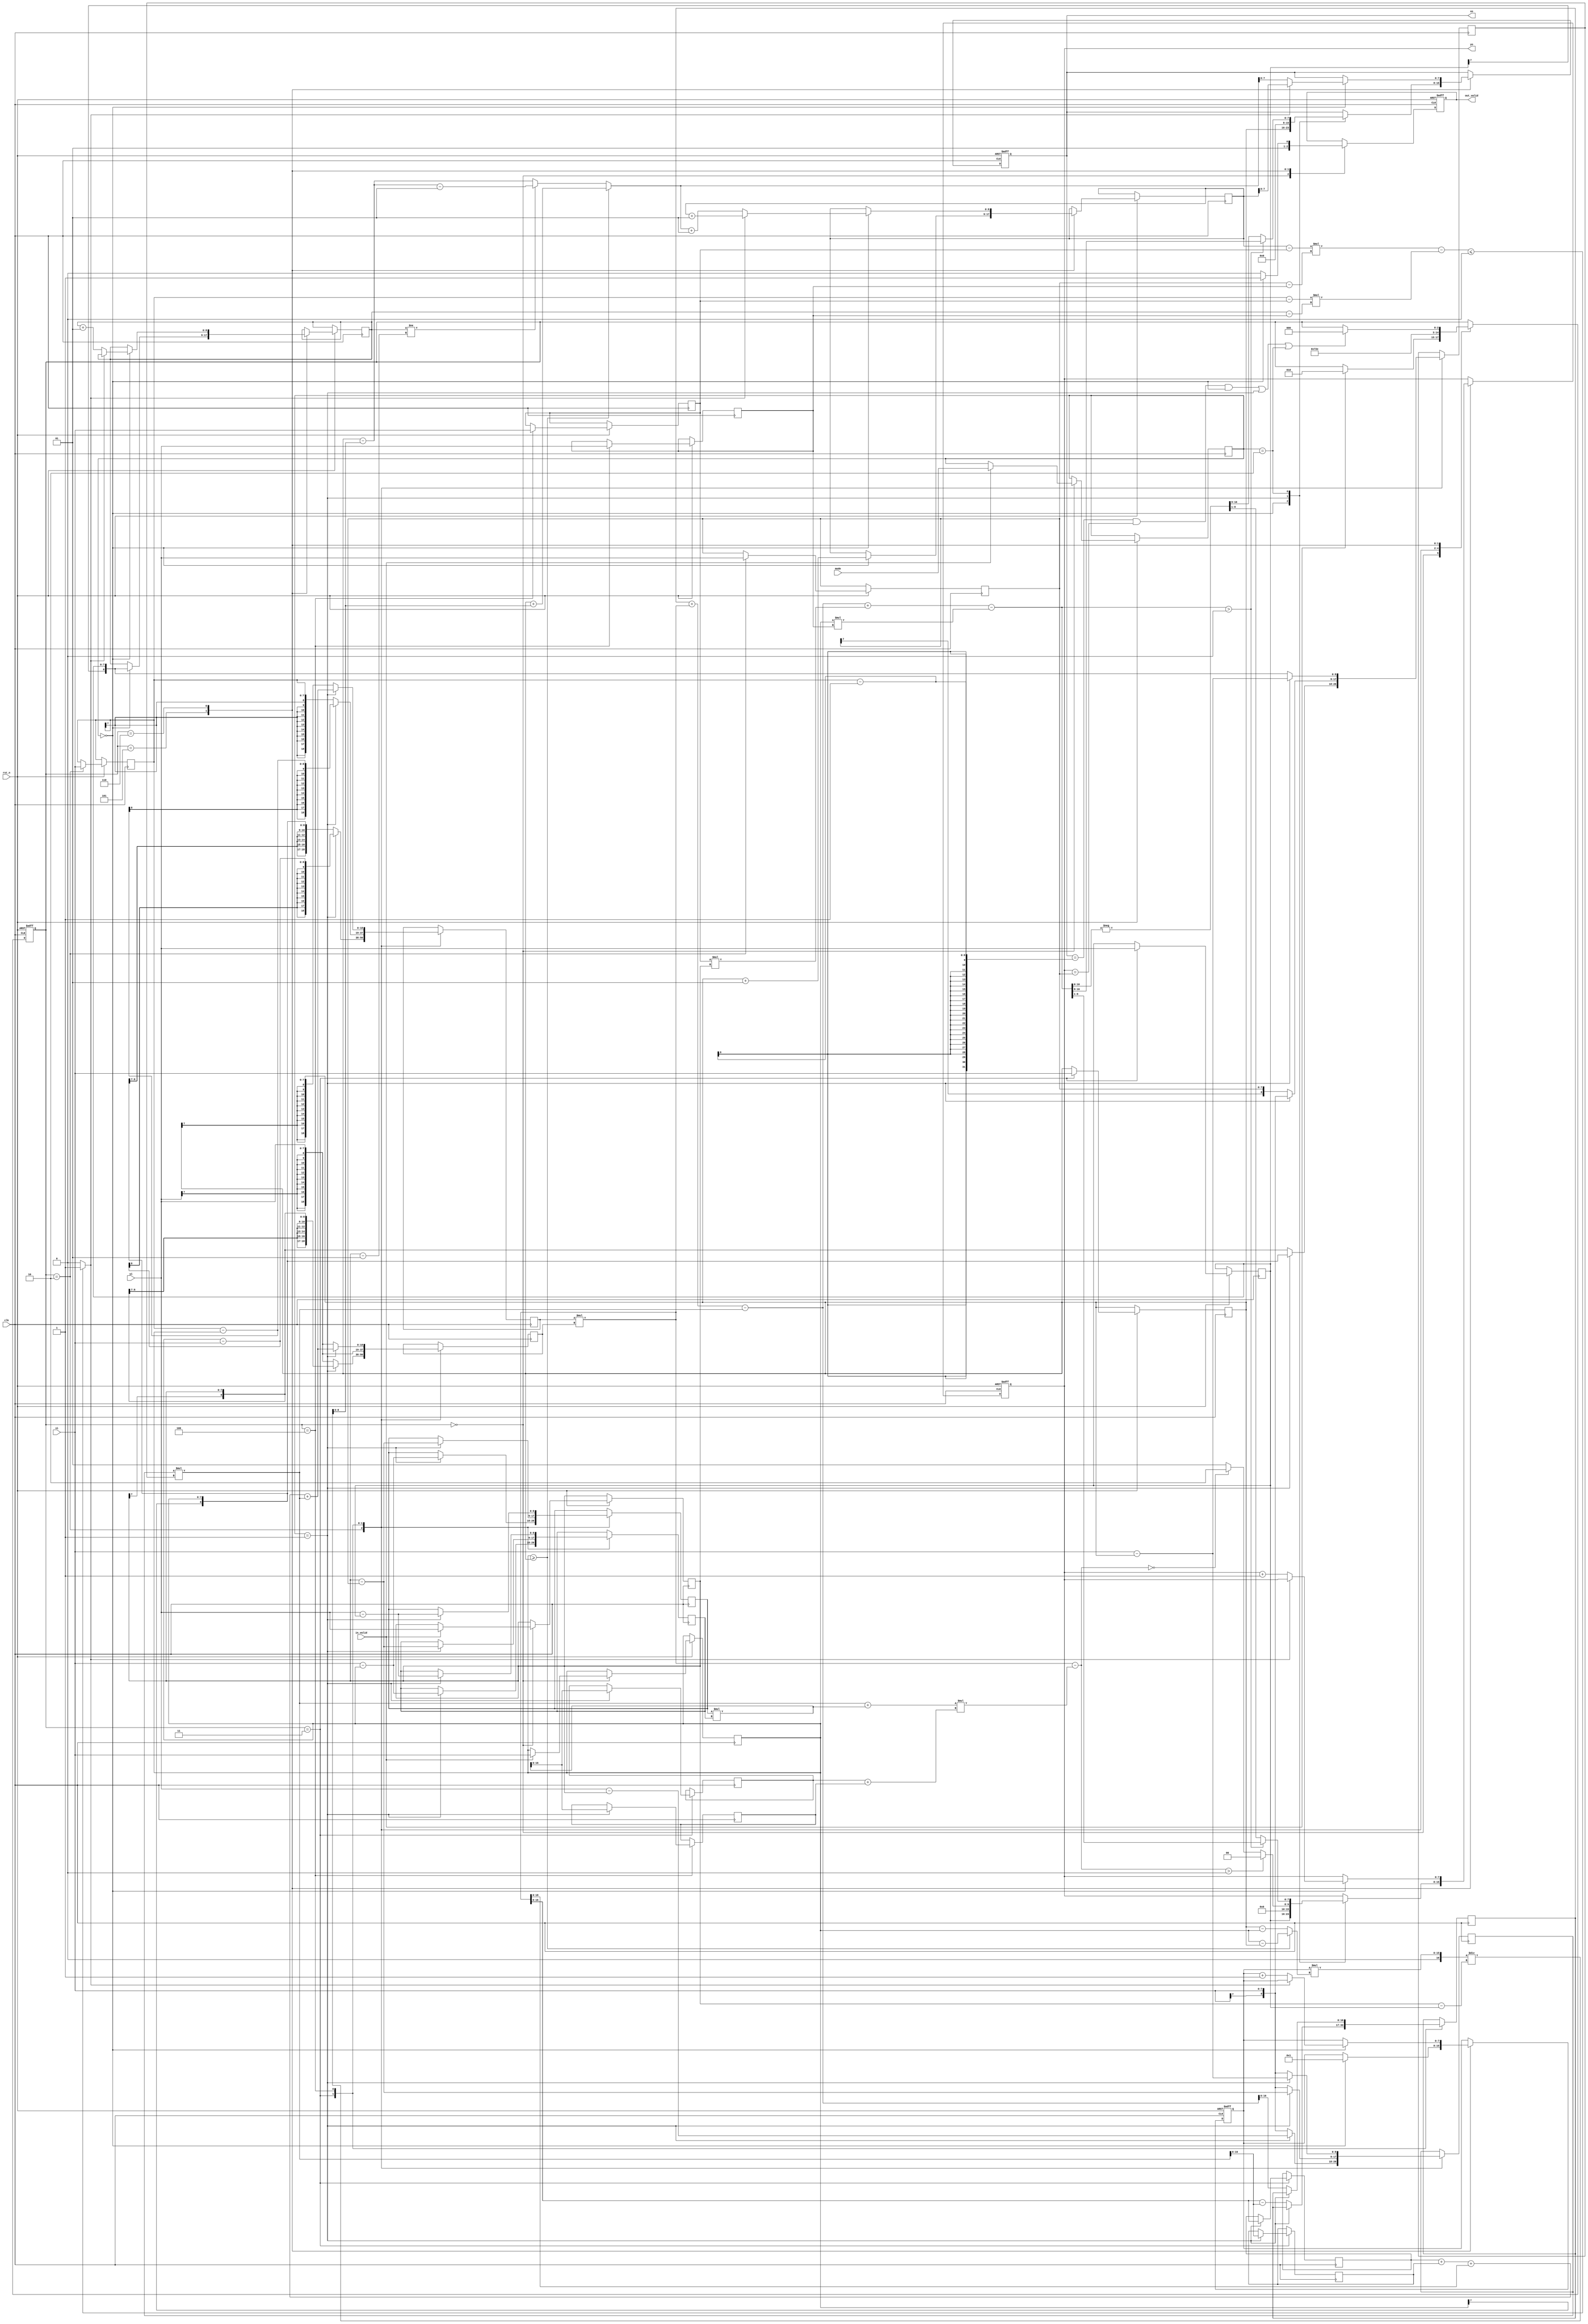
module CC(
    //Input Port
    clk,
    rst_n,
	in_valid,
	mode,
    xi,
    yi,

    //Output Port
    out_valid,
	xo,
	yo
    );

input               clk, rst_n, in_valid;
input       [1:0]   mode;
input  signed   [7:0]   xi, yi;  

output reg          out_valid;
output reg  [7:0]   xo, yo;


reg [2:0] c_state , n_state;
reg signed[7:0] x [3:0];
reg signed[7:0] y [3:0]; // y_1 == y_2 , y_3 == y_4  


wire signed [16:0]a;
reg  signed [8:0]   x_next, y_next;
assign a = ( x_next - x[3] ) * (y[1]-y[3]) - (x[1]- x[3] ) * ( y_next  - y[3]);
wire line2; 
assign line2 = ( a <= 0 )? 1 : 0 ; // line2 left side or on the line
//
wire signed [16:0]a2;
reg  signed [8:0] start;
assign a2 = ( start - x[2]  ) * (y[0]-y[2]) - (x[0]- x[2] ) * ( (y_next + 1) - y[2]);
wire line1; 
assign line1 = ( a2 > 0 )? 1 : 0 ; // line1 right side 

//reg signed [7:0]Start,End;
reg       [7:0]high;
reg       [7:0]del_x;
reg       [7:0]del_y;
reg signed[16:0]slope;
reg signed[16:0]result;

always@(*)begin

    if(x[0] >= x[2])
        del_x = x[0] - x[2] ;
    else
        del_x = x[2] - x[0] ;
    del_y =   y[0] - y[2];       
    slope =  (high * del_x ) / del_y;
    if(x[0] >= x[2] )
        result = x[2] + slope;
        
    else  begin
        if(y_next != y[0] - 1  )    result = x[2] - slope - 1;
        else           result = x[2] - slope ;
    end
end


/* =================================================================  Trape */

reg signed[18:0] mul_a , mul_b; 
reg signed[8:0] mul_c , mul_d , mul_e , mul_f;//
reg signed[31:0] ans1 ;
reg signed [19:0] ans2 , ans3; 
always@(*)begin
    ans1 = mul_a * mul_b;
    ans2 = mul_c * mul_d;
    ans3 = mul_e * mul_f;
end

reg signed [16:0]temp1,temp2,temp3,temp4;
reg signed [31:0]b;

always@(*)begin
    b = ans1 -((ans2 +ans3 )*(temp3 + temp4));
end

reg [1:0]Mode;
parameter   Load1     = 3'd0,
            Load2     = 3'd2,
            Load3     = 3'd3,
            Load4     = 3'd4,
            Caculate  = 3'd5,
            Out       = 3'd6;  

parameter   Trape     = 2'd0,
            Circle    = 2'd1,
            Area      = 2'd2;

always @(posedge clk or negedge rst_n) begin // FSM
    if(!rst_n) 
        c_state <= Load1;
    else 
        c_state <= n_state;
end


wire finish ;
assign finish = (xo == ( x[1] - 1 ) && yo == y[1]  && Mode == Trape) ||  
                 Mode == Circle || Mode == Area;

always @(*) begin // next state logic
    n_state = c_state;
    case(c_state)
        Load1 : if(in_valid) n_state = Load2 ;   
        Load2 :  n_state = Load3 ;  
        Load3 :  n_state = Load4 ;
        Load4 :  n_state = Caculate ;                    
        Caculate : begin
                            n_state = Out ;
                    end
        Out   : begin
                        if(finish)
                            n_state = Load1 ;
                end                 
 
    endcase
end
reg signed[16:0]area_tmp;

always @(posedge clk ) begin // current State sequential 
    case(c_state)
        Load2:begin
                if(Mode == Circle)begin
                    mul_a <= (x[0] - xi);
                    mul_b <= y[0];
                    mul_c <= (yi - y[0]);
                    mul_d <= x[0];
                    mul_e <= (xi - x[0]);
                    mul_f <= (xi - x[0]);
                end
                else begin
                    mul_a <= x[0] ;
                    mul_b <= yi   ;
                    mul_c <= xi   ;
                    mul_d <= y[0] ;
                end

                end 
        Load3:begin
                    if(Mode == Circle)begin
                        temp1 <= ans1;
                        temp2 <= ans2;
                        temp3 <= ans3;

                        mul_a <= (x[1] - x[0]);
                        mul_b <= yi;
                        mul_c <= (y[0] - y[1]);
                        mul_d <= xi;
                        mul_e <= (y[0] - y[1]);
                        mul_f <= (y[0] - y[1]);
                    end
                    else begin
                        area_tmp <= ans1 -ans2;

                        mul_a <= x[1] ;
                        mul_b <= yi   ;
                        mul_c <= xi   ;
                        mul_d <= y[1] ;

                    end
                end 
        Load4:begin
                    if(Mode == Circle)begin
                    temp4 <= ans3;
                        mul_a <= temp1 + temp2 + ans1 + ans2 ;
                        mul_b <= temp1 + temp2 + ans1 + ans2 ; // line formula
                        mul_c <= (xi - x[2]);
                        mul_d <= (xi - x[2]);
                        mul_e <= (yi - y[2]);
                        mul_f <= (yi - y[2]);
                    end
                    else begin
                        area_tmp <= area_tmp + ans1 -ans2;

                        mul_a <= x[2] ;
                        mul_b <= yi   ;
                        mul_c <= xi   ;
                        mul_d <= y[2] ;
                    end
                end   
    endcase
end


always @(posedge clk or negedge rst_n) begin // current State sequential 
    if(!rst_n)begin 
        out_valid <= 0;
        xo <= 0;
        yo <= 0;

        high <= 0;
    end 
    else begin
        case(c_state)
            Load1 : begin
                        out_valid <= 0;
                        
                        if(in_valid)begin
                            x[0] <= xi;
                            y[0] <= yi;

                            Mode <= mode;
                        end
                   end         
            Load2:begin             

                        x[1] <= xi;
                        y[1] <= yi;
                   end 
            Load3:begin
                        x[2] <= xi;
                        y[2] <= yi;
                   end 
            Load4:begin
                        x[3] <= xi;
                        y[3] <= yi;
                   end               
            Caculate:begin
                        out_valid <= 1;
                        case (Mode)                           
                            Trape : begin
                                        xo <= x[2] ;
                                        yo <= y[2] ;  

                                        x_next <= x[2]+1 ;
                                        y_next <= y[2] ; 
                                        start <= x[2];
                                        high <= 1;              
                                    end
                            Circle : begin
                                        xo <= 0;
                                        
                                        if (b > 0) yo <= 0 ;
                                        else if (b == 0) yo <= 2;
                                        else  yo <= 1;
                                    end
                            Area : begin
                                        if((area_tmp + ans1 -ans2 + x[3] * y[0] - x[0] * y[3]) > 0)
                                            {xo,yo} <= ((area_tmp + ans1 -ans2 + x[3] * y[0] - x[0] * y[3]) >> 1) ;
                                        else  
                                            {xo,yo} <= (-(area_tmp + ans1 -ans2 + x[3] * y[0] - x[0] * y[3]) >> 1)  ;                       
                                    end
                        endcase
                    end
            Out:begin 
                    out_valid <= 0;              
                    if(Mode == Trape)begin
                        out_valid <= 1;
                        if(line2)begin
                            xo <=  x_next ;  
                            x_next  <=  x_next + 1;                                                                            
                        end  
                        else begin
                            yo <= yo + 1;  
                            y_next <=  y_next + 1 ; 
                            high <= high + 1;
                            
                            xo <=  result;
                            x_next <=  result + 1 ;  // change row          
                        end   
                    end     
                end                
        endcase
    end
end
always@(posedge clk)begin
        case(c_state)        
            Caculate:begin     
                        start <= x[2];  
                    end
            Out:begin                    
                    if(x[0] >= x[2])begin
                        if (a < 0)
                            start <=  start + 1;
                    end 
                    else begin
                        if(line1 == 0)
                            start <=  start - 1;
                    end      
                end             

        endcase
    end
endmodule // 198260.095590 237